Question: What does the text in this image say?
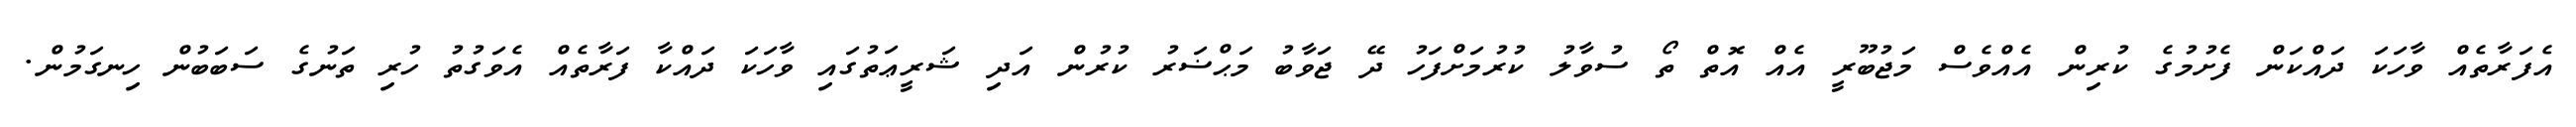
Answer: އެފަރާތެއް ވާހަކަ ދައްކަން ފެށުމުގެ ކުރިން އެއްވެސް މަޖުބޫރީ އެއް އޮތް ތޯ ސުވާލު ކުރުމަށްފަހު ދޭ ޖަވާބު މަޙްޟަރު ކުރުން އަދި ޝަރީޢަތުގައި ވާހަކަ ދައްކާ ފަރާތެއް އެވަގުތު ހުރި ތަނުގެ ސަބަބުން ހިނގަމުން.